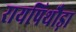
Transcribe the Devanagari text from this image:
रायपिथौड़ा